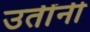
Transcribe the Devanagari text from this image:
उतींनी